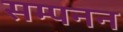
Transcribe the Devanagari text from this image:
सम्पनन